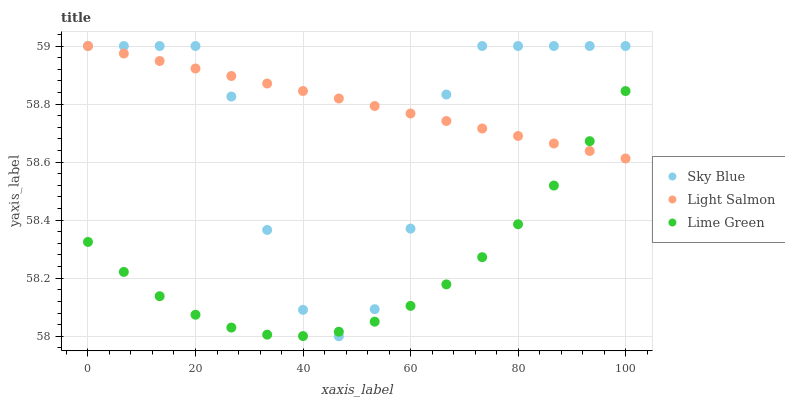
| xaxis_label | Sky Blue | Light Salmon | Lime Green |
 | --- | --- | --- | --- |
 | 0 | 59 | 59 | 58.3 |
 | 6.67 | 59 | 59 | 58.2 |
 | 13.3 | 59 | 58.9 | 58.1 |
 | 20 | 59 | 58.9 | 58.1 |
 | 26.7 | 58.8 | 58.9 | 58 |
 | 33.3 | 58.4 | 58.9 | 58 |
 | 40 | 58.1 | 58.8 | 58 |
 | 46.7 | 58 | 58.8 | 58 |
 | 53.3 | 58.1 | 58.8 | 58.1 |
 | 60 | 58.4 | 58.8 | 58.1 |
 | 66.7 | 58.8 | 58.7 | 58.2 |
 | 73.3 | 59 | 58.7 | 58.3 |
 | 80 | 59 | 58.7 | 58.4 |
 | 86.7 | 59 | 58.7 | 58.5 |
 | 93.3 | 59 | 58.6 | 58.7 |
 | 100 | 59 | 58.6 | 58.8 |